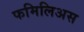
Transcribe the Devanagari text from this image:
फमिलिअस